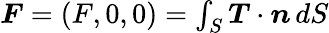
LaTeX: \begin{array}{r}{\boldsymbol{F}=(F,0,0)=\int_{S}\boldsymbol{T}\cdot\boldsymbol{n}\, dS}\end{array}